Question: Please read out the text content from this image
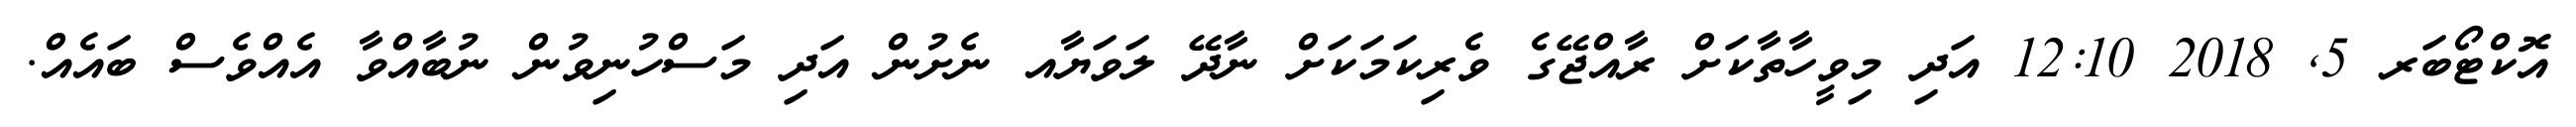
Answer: އޮކްޓޯބަރ 5, 2018 12:10 އަދި މިވީހާތާކަށް ރާއްޖޭގެ ވެރިކަމަކަށް ނާދޭ ލަވަޔާއ ނެށުން އަދި މަސްހުނިވުން ނުބާއްވާ އެއްވެސް ބައެއް.